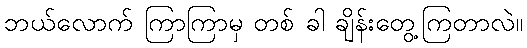
ဘယ်လောက် ကြာကြာမှ တစ် ခါ ချိန်းတွေ့ကြတာလဲ။